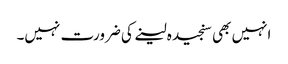
انہیں بھی سنجیدہ لینے کی ضرورت نہیں۔